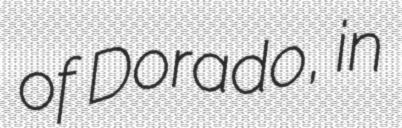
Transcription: of Dorado, in